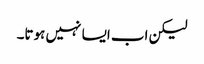
لیکن اب ایسا نہیں ہوتا۔